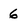
Character: 6